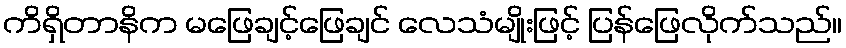
ကိရှိတာနိက မဖြေချင့်ဖြေချင် လေသံမျိုးဖြင့် ပြန်ဖြေလိုက်သည်။